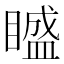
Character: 𥊱